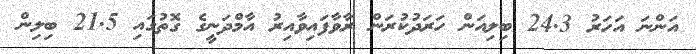
އަންނަ އަހަރު 24.3 ބިލިއަން ހަރަދުކުރަން ރާވާފައިވާއިރު އާމްދަނީގެ ގޮތުގައި 21.5 ބިލިން